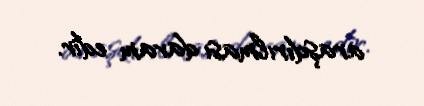
araşdırılması davam edir.